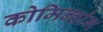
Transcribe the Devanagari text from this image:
कोमिन्तांग